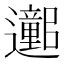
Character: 𫑕